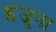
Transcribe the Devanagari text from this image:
इंजुना